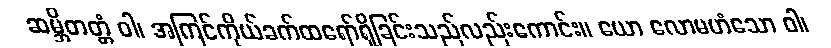
ဆမ္ဘိတတ္တံ ဝါ၊ အကြင်ကိုယ်ခက်ထရော်ရှိခြင်းသည်လည်းကောင်း။ ယော လောမဟံသော ဝါ၊